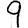
Digit: 9